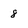
Character: 8